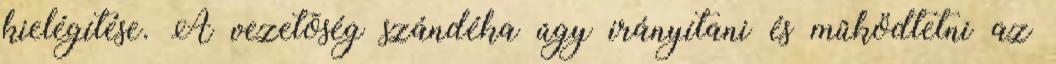
kielégítése. A vezetõség szándéka úgy irányítani és mûködtetni az